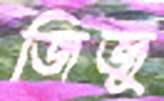
জিজু